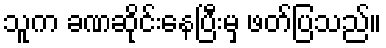
သူက ခဏဆိုင်းနေပြီးမှ ဖတ်ပြသည်။